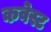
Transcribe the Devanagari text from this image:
कवेस्ट